Enquiry on enteric fever in India - Number 32
Disease focus: Fever
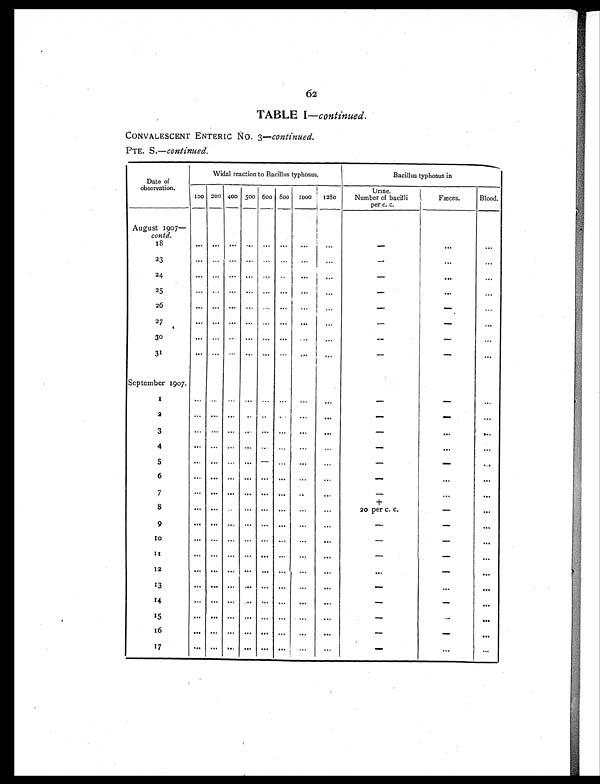
62
TABLE I — continued.
CONVALESCENT ENTERIC NO. 3— continued.
PTE. S.— continued.
Date of
observation.
Widal reaction to Bacillus typhosus.
Bacillus typhosus in
100 200 400 500 600 800
1 0 0 0
1280
Urine.
Number of bacilli
per c. c.
Fæces.
Blood.
August 1907—
contd.
18
. . .
...
...
. . .
. . .
. . .
...
. . .
—
. . .
. . .
23
... ... ... ... ... ...
. . .
. . .
—
. . .
. . .
24
... ... ... ... ... ...
. . .
. . .
—
. . .
. . .
2 5
. . .
... ... ... ... ...
. . .
. . .
—
. . .
. . .
26
... ... ... ... ... ...
...
. . .
—
—
. . .
27
... ... ... ... ... ...
. . .
. . .
—
—
...
30
... ... ... ... ... ... ...
. . .
—
—
. . .
31
... ... ... ... ... ...
. . .
. . .
—
—
. . .
September 1907.
1
...
. . .
... ...
. . .
. . .
. . .
. . .
—
—
...
2
. . .
... ...
. . .
. . .
...
...
. . .
—
—
. . .
3
. . .
... ... ... ...
...
...
. . .
—
...
...
4
. . .
... ... ... ...
. . .
...
. . .
—
. . .
. . .
5
. . .
... ... ... ... ...
. . .
. . .
—
—
...
6
...
...
. . .
. . .
. . .
... ...
—
. . .
. . .
7
...
... ...
. . .
. . .
. . .
. . .
...
—
. . .
...
+
8
. . .
. . .
... ... ... ...
. . .
. . .
20 per c. c.
—
. . .
9
...
...
...
. . .
. . .
. . .
... ...
—
—
. . .
10
. . .
... ... ... ... ...
. . .
. . .
—
—
. . .
1 1
. . .
... ... ... ... ...
...
. . .
—
—
. . .
12
. . .
...
...
. . .
...
...
. . .
. . .
. . .
—
. . .
13
. . .
...
...
. . .
...
. . .
. . .
. . .
—
. . .
. . .
14
. . .
. . .
...
. . .
...
. . .
. . .
. . .
—
—
. . .
15
. . .
... ...
. . .
. . .
. . .
...
. . .
—
—
. . .
16
...
...
...
. . . ...
. . .
. . .
. . .
—
—
. . .
17
. . .
...
...
. . .
. . .
. . .
. . .
. . .
—
. . . . . .